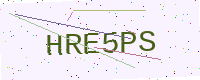
Text: HRE5PS